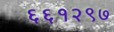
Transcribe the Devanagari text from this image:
६६१२९७